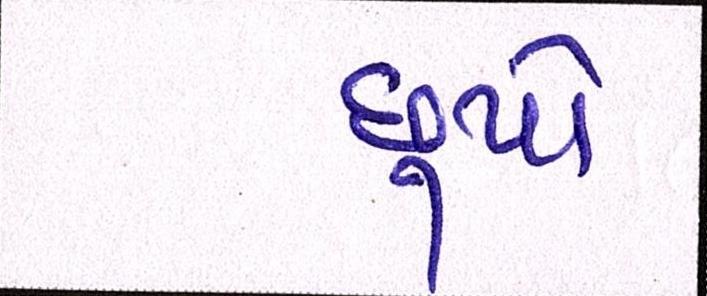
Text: છૂપો